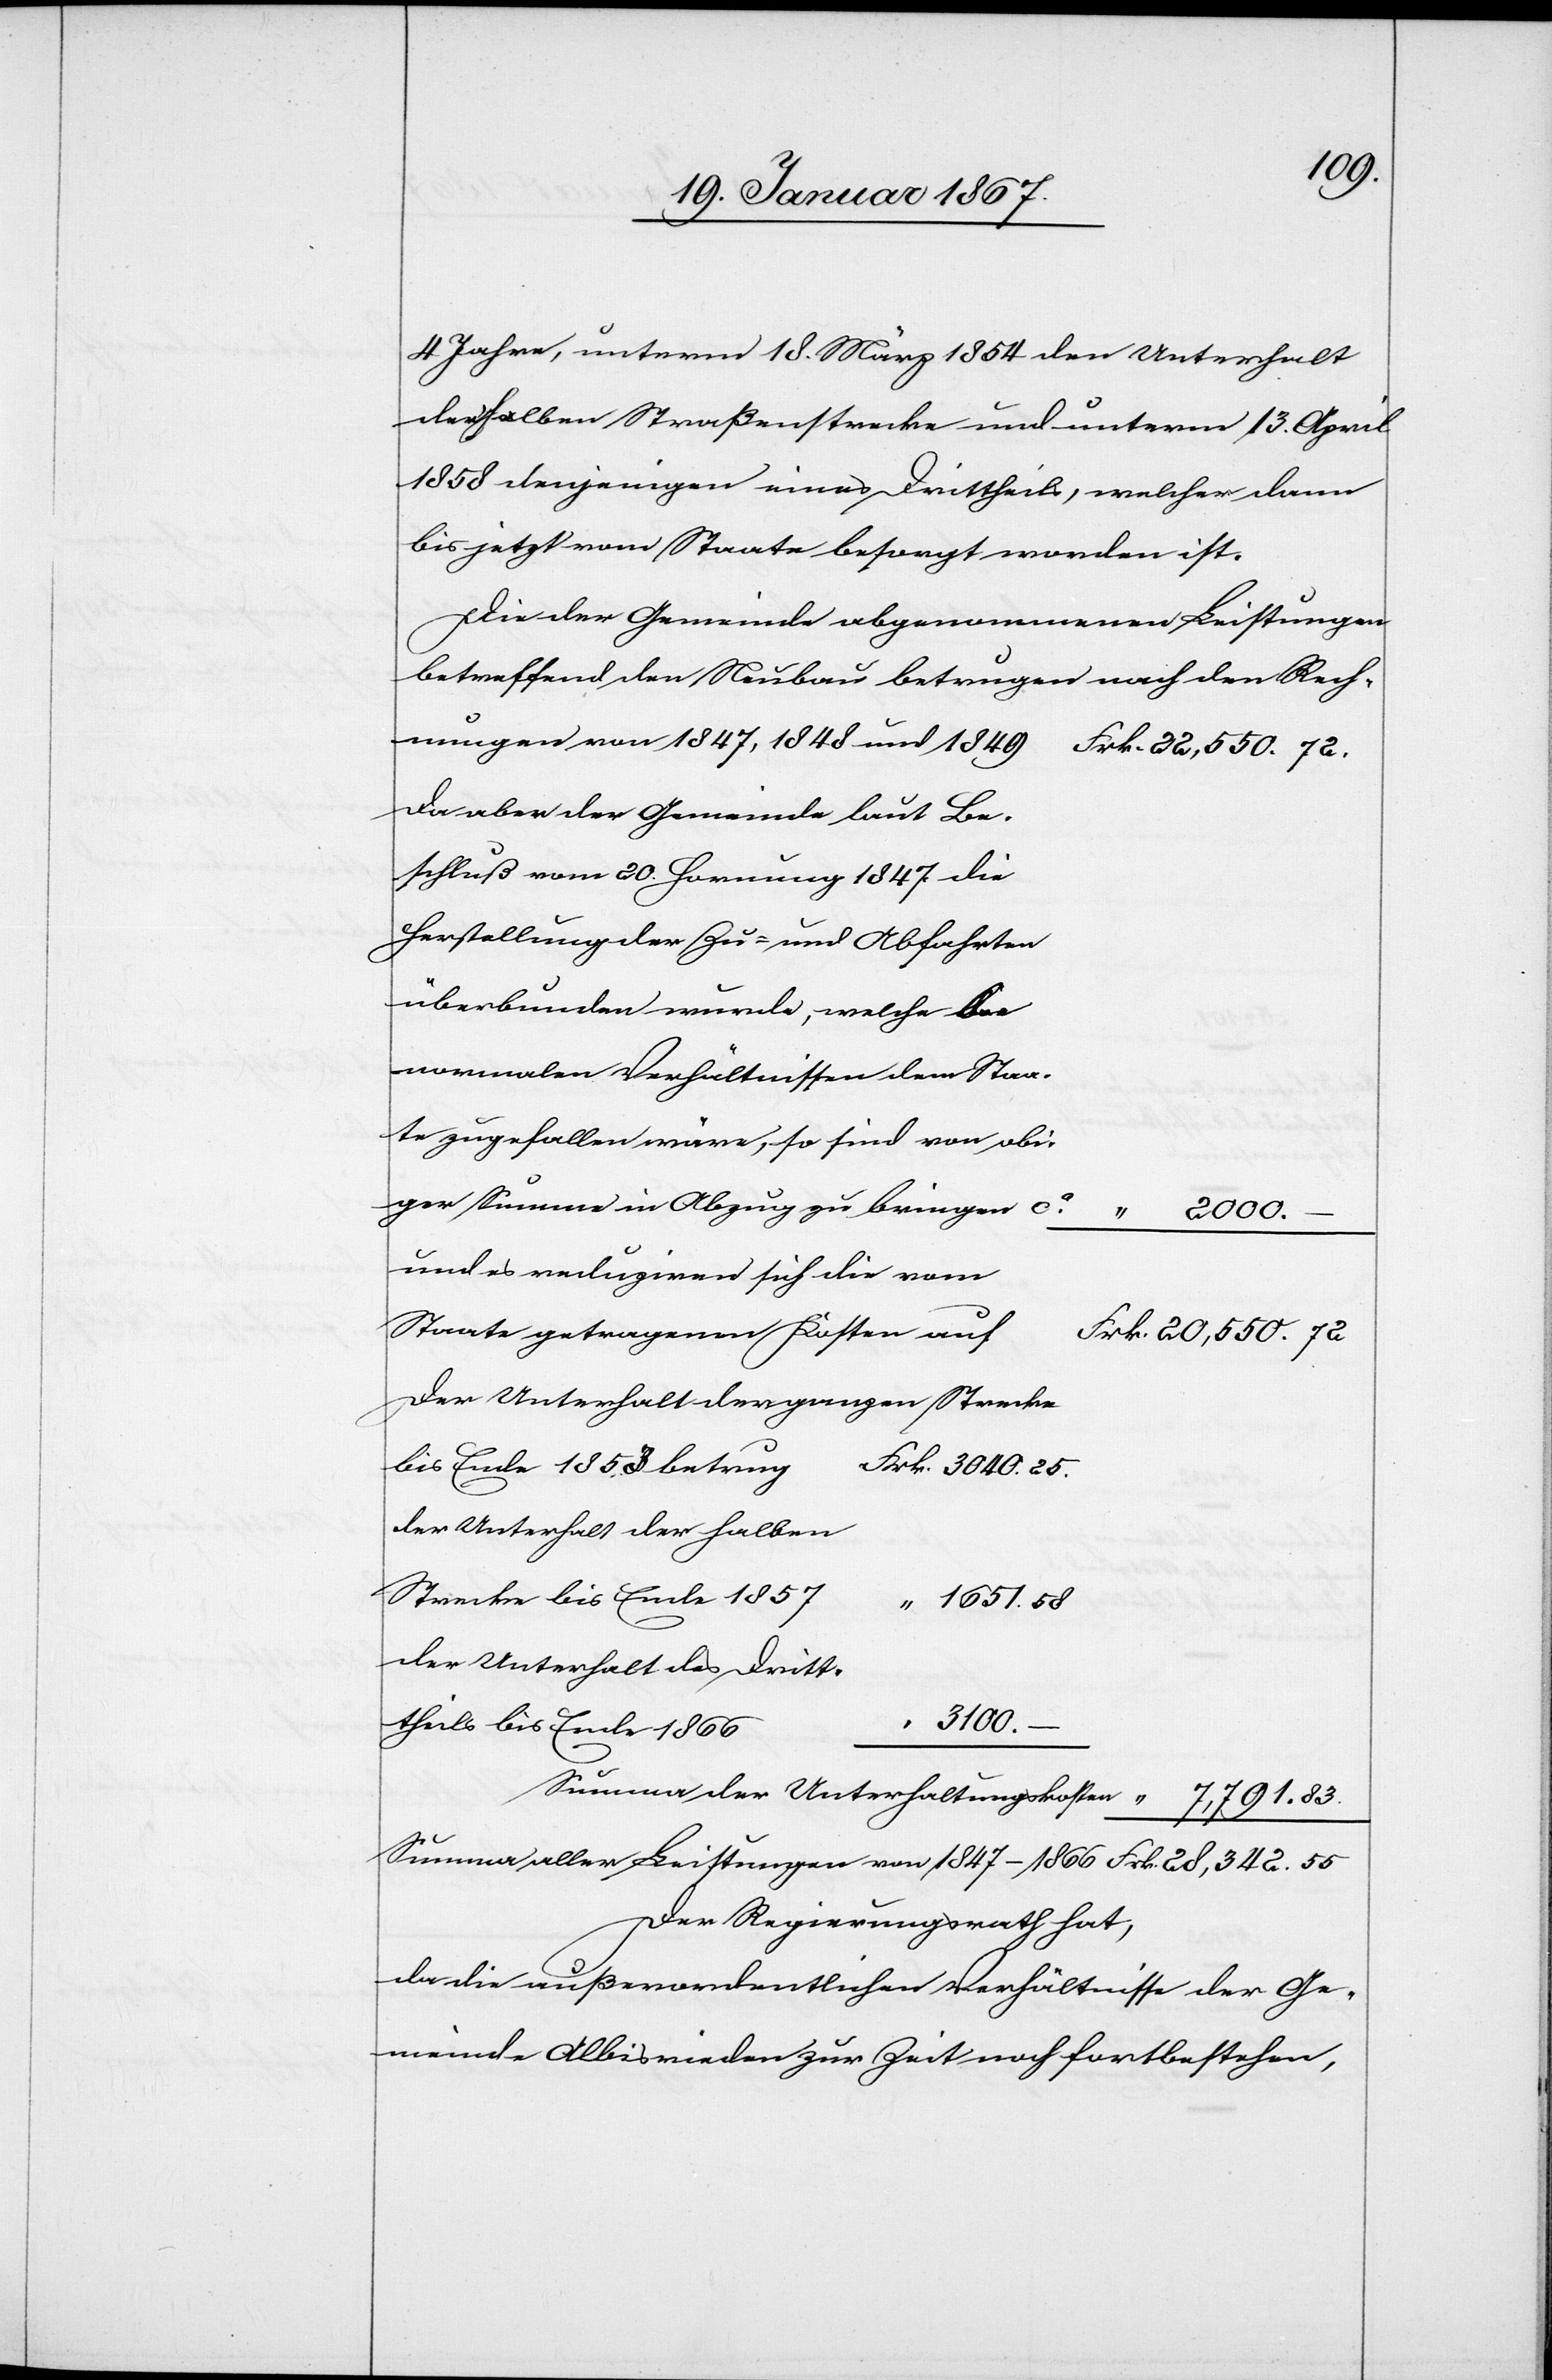
4 Jahre, unterm 18. März 1854 den Unterhalt
derselben Straßenstrecke und unterm 13. April
1858 denjenigen eines Drittheils, welcher dann
bis jetzt vom Staate besorgt worden ist.
Die der Gemeinde abgenommenen Leistungen
betreffend den Neubau betragen nach den Rech¬
nungen von 1847, 1848 und 1849
Frk. 22,550.72.
Da aber der Gemeinde laut Be¬
schluß vom 20. Hornung 1847 die
Herstellung der Zu- und Abfahrten
überbunden wurde, welche bei
normalen Verhältnissen dem Staa¬
te zugefallen wäre, so sind von obi¬
ger Summe in Abzug zu bringen ca.
" 2000.–
und es reduziren sich die vom
Staate getragenen Kosten au¬
f	Frk. 20,550.72
der Unterhalt der ganzen Strecke
bis Ende 1853 betru¬
g	Frk. 3040.25.
der Unterhalt der halben
Strecke bis Ende 1857
" 1651.58
der Unterhalt des Dritt¬
3100.–
theils bis Ende 1866
Summa der Unterhaltungskosten	 " 7,791.83
Summa aller Leistungen von 1847–1866	Frk. 28,342.55
Der Regierungsrath hat,
da die außerordentlichen Verhältnisse der Ge¬
meinde Albisrieden zur Zeit noch fortbestehen,